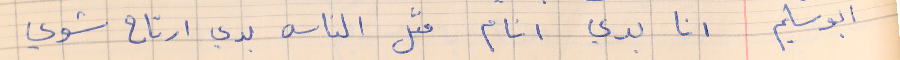
ابو سليم     انا بدي انام متل الناس بدي ارتاح شوي